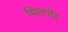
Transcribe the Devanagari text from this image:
मिलपोंड